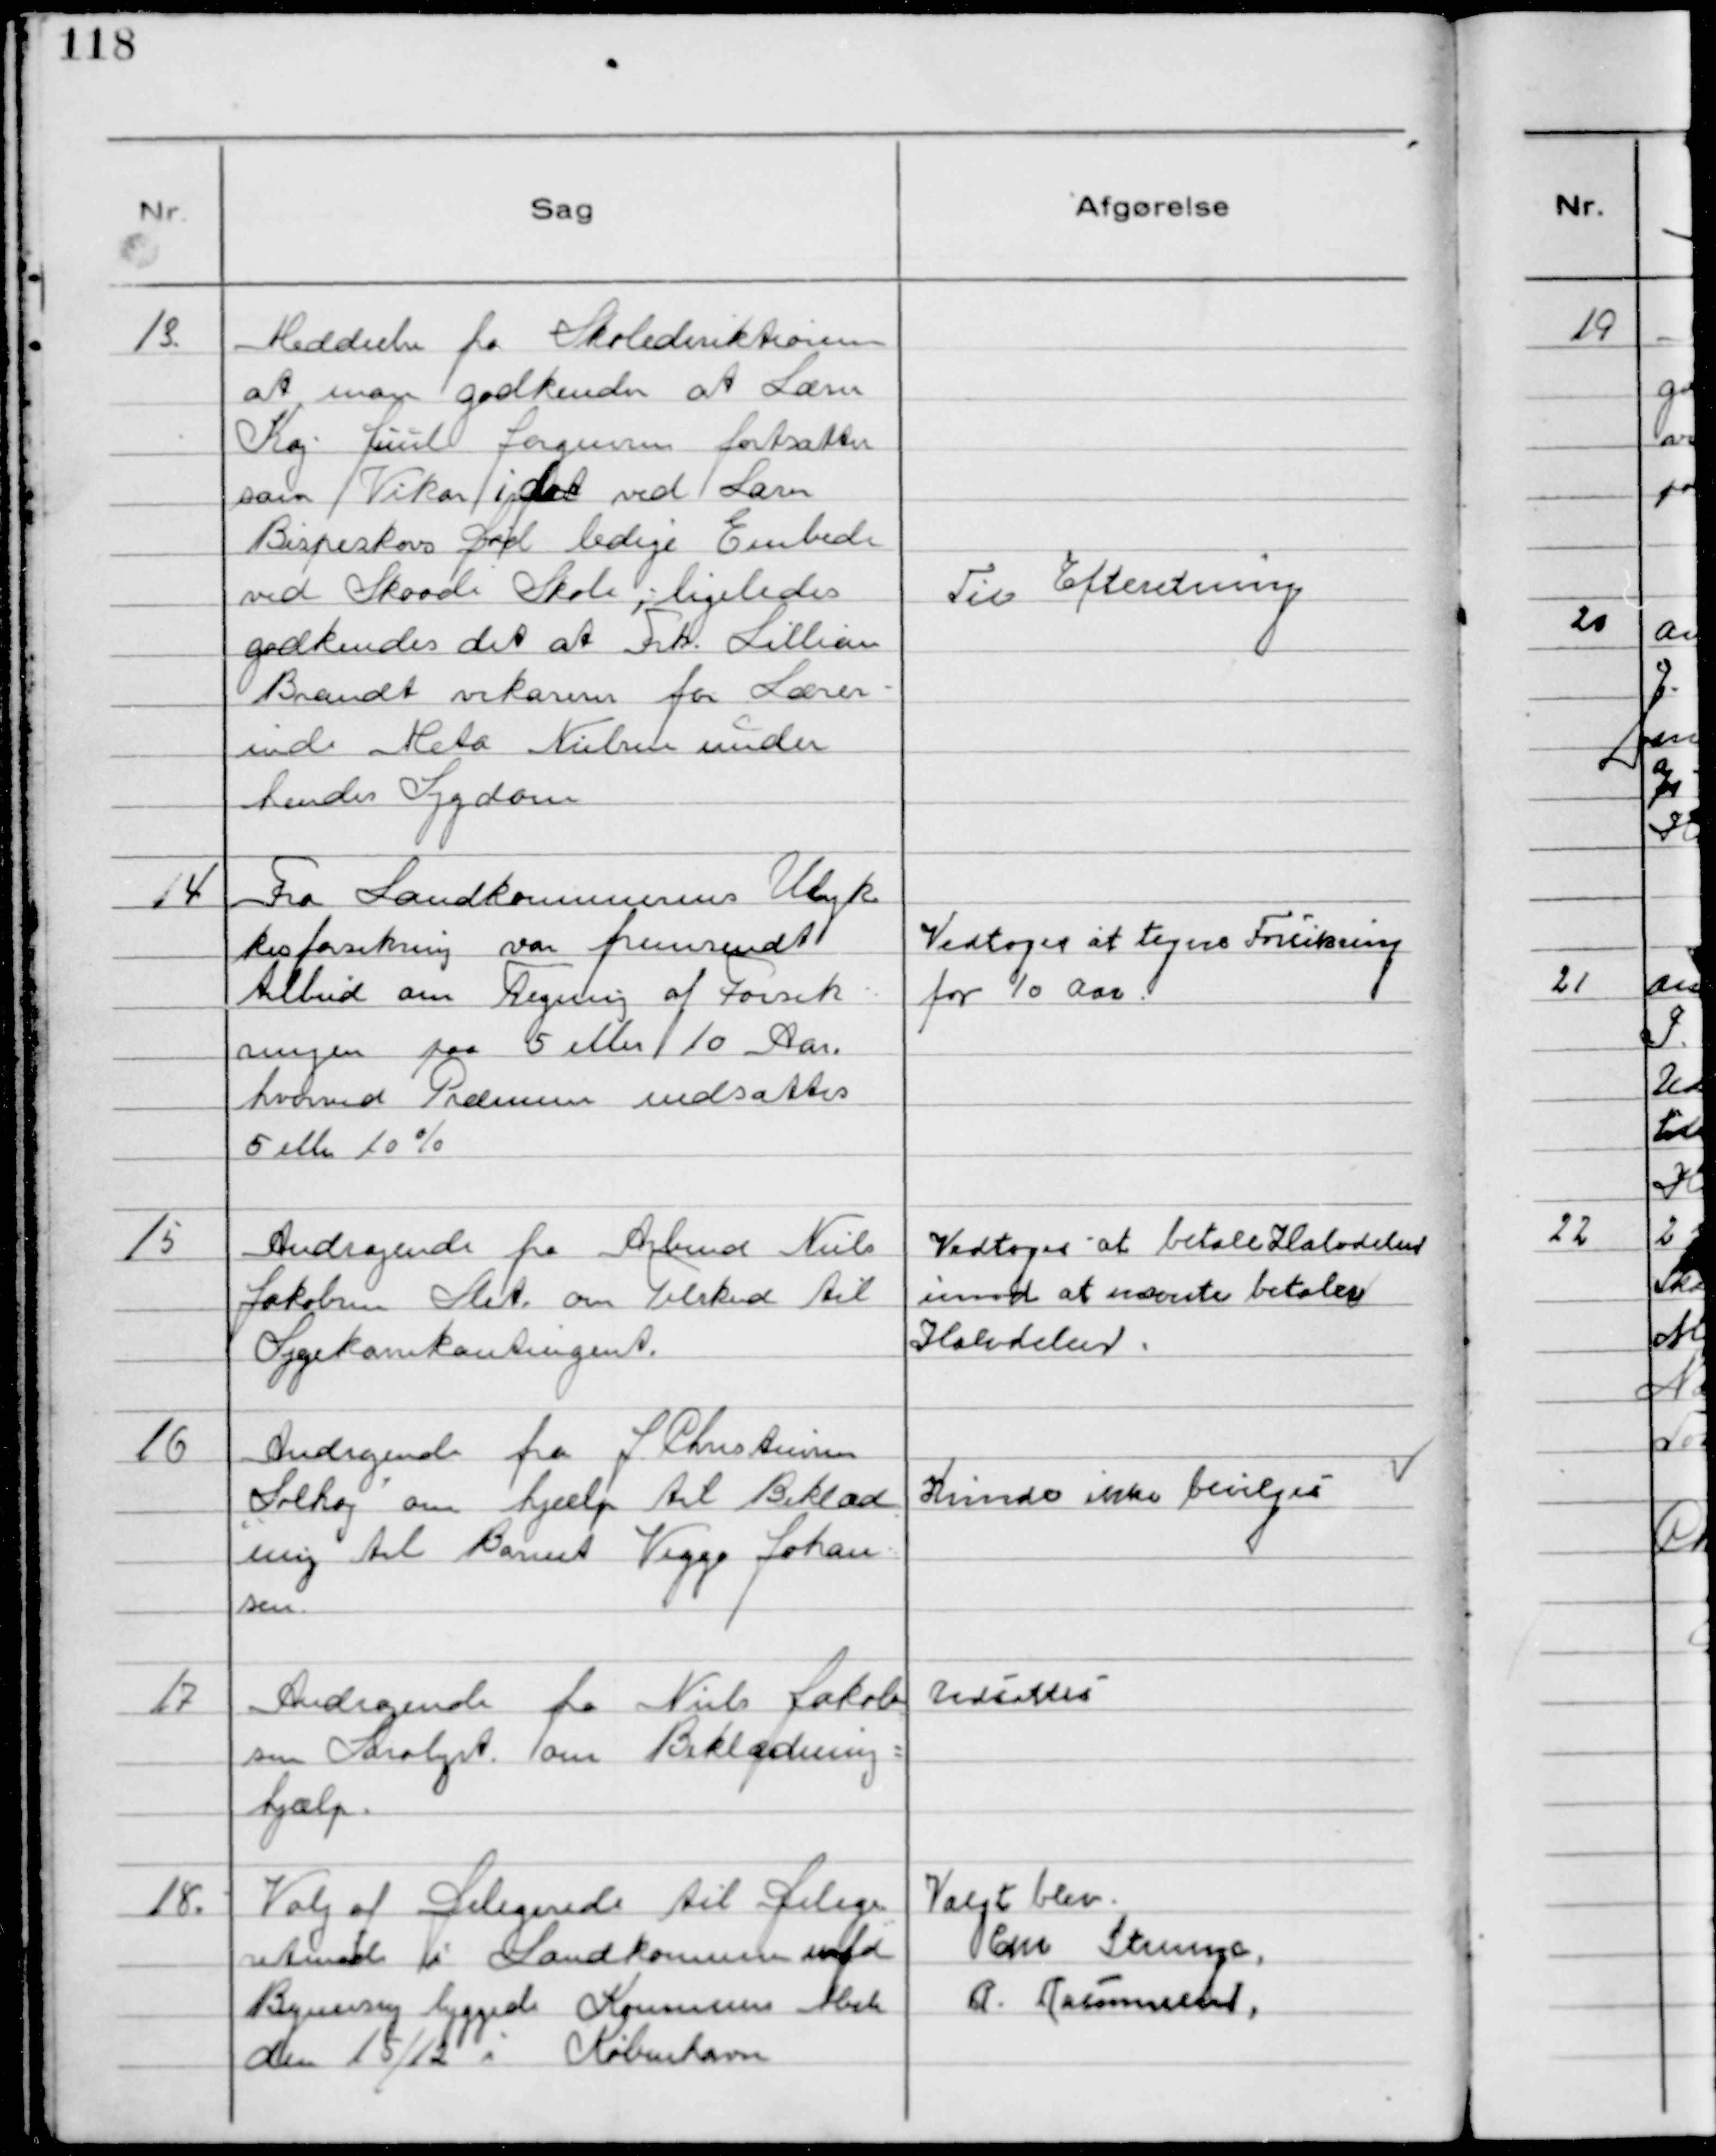
Transskription:
13.
Meddeelse fra Skoledirektionen
at man godkender at Lærer
Kaj Juul Jørgensen fortsætter
som Vikar i det ved Lærer
Bispeskovs Død ledige Embede
ved Skaade Skole; ligeledes
godkendes det at Frk. Lillian
Brandt vikarerer for Lærer-
inde Meta Nielsen under 
hendes Sygdom

Til Efteretning

14
Fra Landkommunernes Ulyk
kesforsikring var fremsendt
tilbud om Tegning af Forsik=
ringen paa 5 eller 10 Aar
hvorved Præmien nedsattes
5 eller 10 %

Vedtoges at tegne Forsikring
for 10 Aar.

15
Andragende fra Arbmd Niels
Jakobsen Slet om Tilskud til
Sygekassekontingent.

Vedtoges at betale Halvdelen
imod at nævnte betaler
Halvdelen.

16
Andragende fra J Christensen
Solhøj om hjælp til Beklæd
ning til Barnet Viggo Johan=
sen.

Kunde ikke bevilges

17
Andragende fra Niels Jakob
sen Saralyst om Beklædning=
hjælp.

Udsattes

18.
Valg af Delegerede til Delege
=
retmøde i Landkommuner med
Bymæssig byggede Kommune 
den 15/12 i København

Valgt blev
Chr Strunge,
R. Rasmussen.